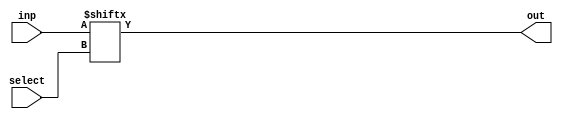
module mux( select, inp, out );

input[1:0] select;
input[3:0] inp;
output     out;

assign out = inp[select];

endmodule